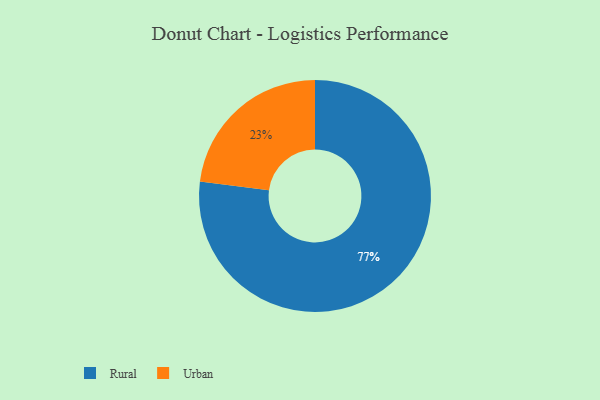
{"axis": {"x": "Category", "y": "Percentage"}, "legend": ["Rural", "Urban"], "data": [{"x": "Urban", "y": 23, "type": "Urban"}, {"x": "Rural", "y": 77, "type": "Rural"}]}